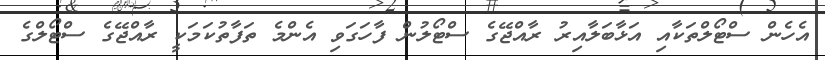
އެހެން ސްޓޯލްތަކާއި އަޅާބަލާއިރު ރާއްޖޭގެ ސްޓޯލުން ފާހަގަވި އެންމެ ތަފާތުކަމަކީ ރާއްޖޭގެ ސްޓޯލްގެ